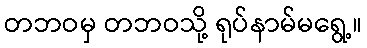
တဘဝမှ တဘဝသို့ ရုပ်နာမ်မရွေ့။